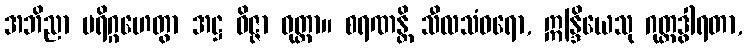
အဘိညာ ပရိဂ္ဂဟေတွာ အဋ္ဌ ဝိဇ္ဇာ ဝုတ္တာ။ စရဏန္တိ သီလသံဝရော, ဣန္ဒြိယေသု ဂုတ္တဒွါရတာ,